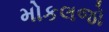
મોકલજો